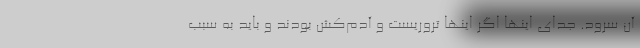
آن سرود. جدای اینها اگر اینها تروریست و آدم‌کُش بودند و باید به سبب